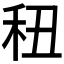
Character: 𥝦